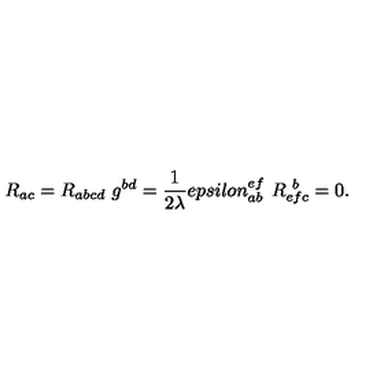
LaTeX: R _ { a c } = R _ { a b c d } \ g ^ { b d } = { \frac { 1 } { 2 \lambda } } e p s i l o n _ { a b } ^ { e f } \ R _ { e f c } ^ { \ b } = 0 .